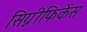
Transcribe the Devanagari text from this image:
सिग्नीफिकेंस